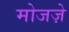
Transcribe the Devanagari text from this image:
मोजज़े